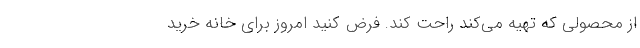
از محصولی که تهیه می‌کند راحت کند. فرض کنید امروز برای خانه خرید